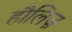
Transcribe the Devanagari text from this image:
हौलिज़